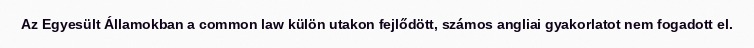
Az Egyesült Államokban a common law külön utakon fejlődött, számos angliai gyakorlatot nem fogadott el.